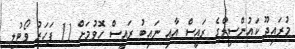
މުރައިދޫ ކައުންސިލްގެ ރައީސް އާއި ނައިބު ރައީސް ހޮވުމަށް 11 ފަހަރު ވޯޓުލީ